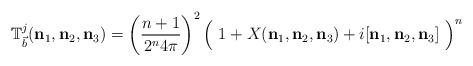
LaTeX: \begin{align*}\mathbb{T}_{\vec{b}}^{j}(\mathbf{n}_{1},\mathbf{n}_{2},\mathbf{n}_{3})=\left(\frac{n+1}{2^{n}4\pi}\right) ^{2}\Big(\ 1+X(\mathbf{n}_{1},\mathbf{n}_{2},\mathbf{n}_{3})+i[\mathbf{n}_{1},\mathbf{n}_{2},\mathbf{n}_{3}]\ \Big)^{n} \end{align*}